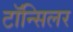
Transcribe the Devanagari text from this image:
टॉन्सिलर